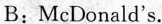
B:McDonald's.